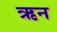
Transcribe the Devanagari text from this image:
ऋन